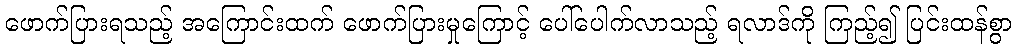
ဖောက်ပြားရသည့် အကြောင်းထက် ဖောက်ပြားမှုကြောင့် ပေါ်ပေါက်လာသည့် ရလာဒ်ကို ကြည့်၍ ပြင်းထန်စွာ